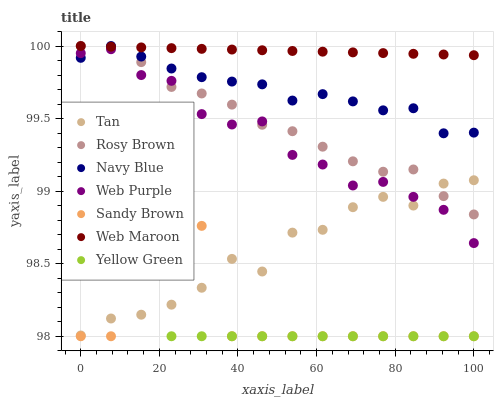
| xaxis_label | Tan | Rosy Brown | Navy Blue | Web Purple | Sandy Brown | Web Maroon | Yellow Green |
 | --- | --- | --- | --- | --- | --- | --- | --- |
 | 0 | 98 | 100 | 99.9 | 100 | 98 | 100 | 98.6 |
 | 7.69 | 98.1 | 100 | 100 | 100 | 98 | 100 | 98.9 |
 | 15.4 | 98.1 | 99.9 | 99.9 | 99.8 | 98.6 | 100 | 98.7 |
 | 23.1 | 98.2 | 99.7 | 99.8 | 99.8 | 99 | 100 | 98 |
 | 30.8 | 98.3 | 99.7 | 99.8 | 99.5 | 98.8 | 100 | 98 |
 | 38.5 | 98.5 | 99.6 | 99.8 | 99.5 | 98 | 100 | 98 |
 | 46.2 | 98.4 | 99.5 | 99.7 | 99.5 | 98 | 100 | 98 |
 | 53.8 | 98.7 | 99.4 | 99.6 | 99.2 | 98 | 100 | 98 |
 | 61.5 | 98.7 | 99.3 | 99.7 | 99.2 | 98 | 100 | 98 |
 | 69.2 | 98.9 | 99.2 | 99.6 | 99 | 98 | 100 | 98 |
 | 76.9 | 99 | 99.1 | 99.6 | 99.1 | 98 | 100 | 98 |
 | 84.6 | 98.9 | 99.1 | 99.6 | 99 | 98 | 99.9 | 98 |
 | 92.3 | 99.1 | 99 | 99.4 | 98.9 | 98 | 99.9 | 98 |
 | 100 | 99.1 | 98.8 | 99.4 | 98.6 | 98 | 99.9 | 98 |